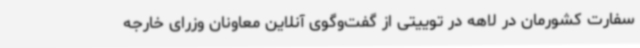
سفارت کشورمان در لاهه در توییتی از گفت‌وگوی آنلاین معاونان وزرای خارجه